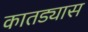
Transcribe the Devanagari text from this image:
कातड्यास